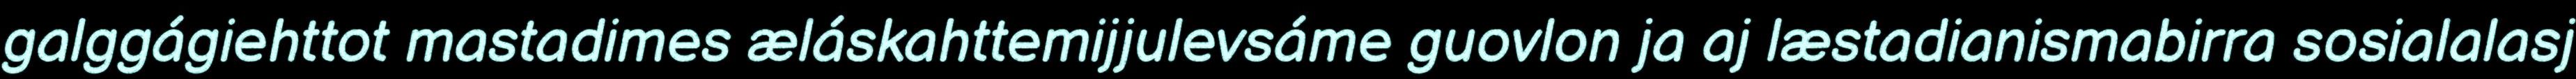
galggágiehttot mastadimes æláskahttemijjulevsáme guovlon ja aj læstadianismabirra sosialalasj